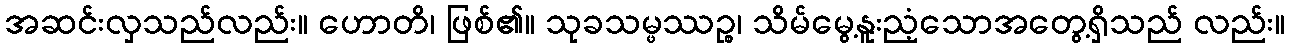
အဆင်းလှသည်လည်း။ ဟောတိ၊ ဖြစ်၏။ သုခသမ္ဖဿဉ္စ၊ သိမ်မွေ့နူးညံ့သောအတွေ့ရှိသည် လည်း။